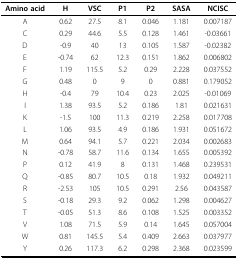
<table><thead><tr><td><b>Amino acid</b></td><td><b>H</b></td><td><b>VSC</b></td><td><b>P1</b></td><td><b>P2</b></td><td><b>SASA</b></td><td><b>NCISC</b></td></tr></thead><tbody><tr><td>A</td><td>0.62</td><td>27.5</td><td>8.1</td><td>0.046</td><td>1.181</td><td>0.007187</td></tr><tr><td>C</td><td>0.29</td><td>44.6</td><td>5.5</td><td>0.128</td><td>1.461</td><td>-0.03661</td></tr><tr><td>D</td><td>-0.9</td><td>40</td><td>13</td><td>0.105</td><td>1.587</td><td>-0.02382</td></tr><tr><td>E</td><td>-0.74</td><td>62</td><td>12.3</td><td>0.151</td><td>1.862</td><td>0.006802</td></tr><tr><td>F</td><td>1.19</td><td>115.5</td><td>5.2</td><td>0.29</td><td>2.228</td><td>0.037552</td></tr><tr><td>G</td><td>0.48</td><td>0</td><td>9</td><td>0</td><td>0.881</td><td>0.179052</td></tr><tr><td>H</td><td>-0.4</td><td>79</td><td>10.4</td><td>0.23</td><td>2.025</td><td>-0.01069</td></tr><tr><td>I</td><td>1.38</td><td>93.5</td><td>5.2</td><td>0.186</td><td>1.81</td><td>0.021631</td></tr><tr><td>K</td><td>-1.5</td><td>100</td><td>11.3</td><td>0.219</td><td>2.258</td><td>0.017708</td></tr><tr><td>L</td><td>1.06</td><td>93.5</td><td>4.9</td><td>0.186</td><td>1.931</td><td>0.051672</td></tr><tr><td>M</td><td>0.64</td><td>94.1</td><td>5.7</td><td>0.221</td><td>2.034</td><td>0.002683</td></tr><tr><td>N</td><td>-0.78</td><td>58.7</td><td>11.6</td><td>0.134</td><td>1.655</td><td>0.005392</td></tr><tr><td>P</td><td>0.12</td><td>41.9</td><td>8</td><td>0.131</td><td>1.468</td><td>0.239531</td></tr><tr><td>Q</td><td>-0.85</td><td>80.7</td><td>10.5</td><td>0.18</td><td>1.932</td><td>0.049211</td></tr><tr><td>R</td><td>-2.53</td><td>105</td><td>10.5</td><td>0.291</td><td>2.56</td><td>0.043587</td></tr><tr><td>S</td><td>-0.18</td><td>29.3</td><td>9.2</td><td>0.062</td><td>1.298</td><td>0.004627</td></tr><tr><td>T</td><td>-0.05</td><td>51.3</td><td>8.6</td><td>0.108</td><td>1.525</td><td>0.003352</td></tr><tr><td>V</td><td>1.08</td><td>71.5</td><td>5.9</td><td>0.14</td><td>1.645</td><td>0.057004</td></tr><tr><td>W</td><td>0.81</td><td>145.5</td><td>5.4</td><td>0.409</td><td>2.663</td><td>0.037977</td></tr><tr><td>Y</td><td>0.26</td><td>117.3</td><td>6.2</td><td>0.298</td><td>2.368</td><td>0.023599</td></tr></tbody></table>